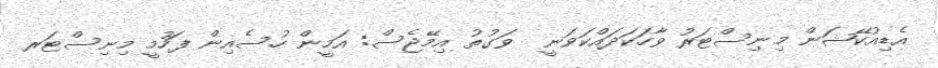
އެޑިއުކޭޝަން މިނިސްޓަރު ވާހަކަދައްކަވަނީ  ވަގުތު އިމޭޖެސް: އަމީން ހުސެއިން ފަހުމީ މިނިސްޓަރ